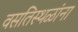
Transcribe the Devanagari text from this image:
वसतिस्थळांना